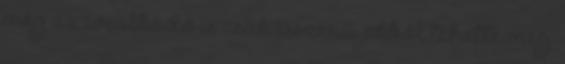
még az uralkodó is csak ésszerű okból tehette meg.